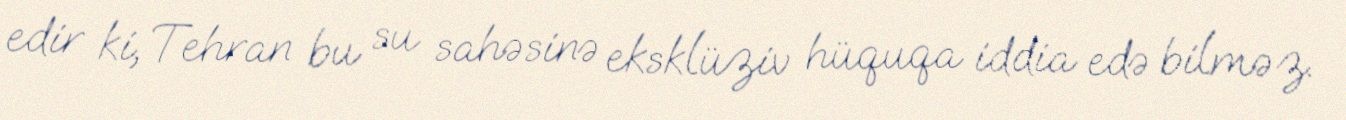
edir ki, Tehran bu su sahəsinə eksklüziv hüquqa iddia edə bilməz.